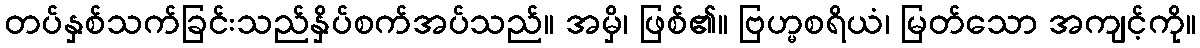
တပ်နှစ်သက်ခြင်းသည်နှိပ်စက်အပ်သည်။ အမှိ၊ ဖြစ်၏။ ဗြဟ္မစရိယံ၊ မြတ်သော အကျင့်ကို။